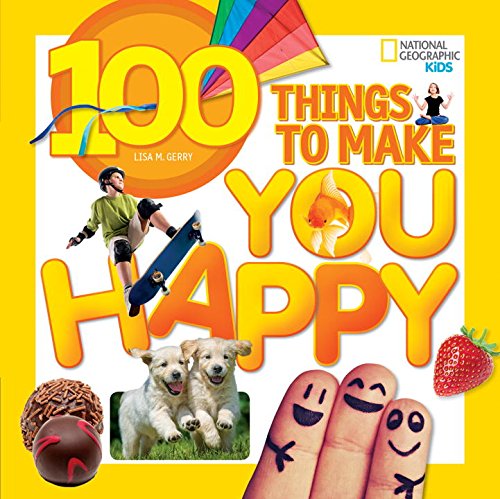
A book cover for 100 Things to Make You Happy (National Geographic Kids); Lisa M. Gerry; Children's Books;